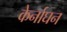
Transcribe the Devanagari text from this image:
केर्नाघन